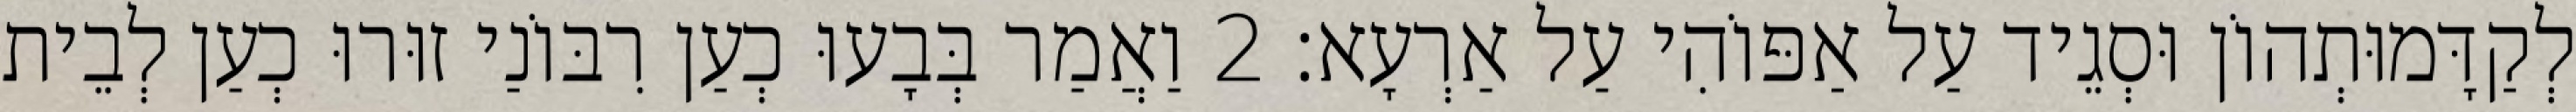
לְקַדָּמוּתְהוֹן וּסְגֵיד עַל אַפּוֹהִי עַל אַרְעָא׃ 2 וַאֲמַר בְּבָעוּ כְעַן רִבּוֹנַי זוּרוּ כְעַן לְבֵית